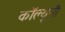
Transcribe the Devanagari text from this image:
कॉल्यूनौ